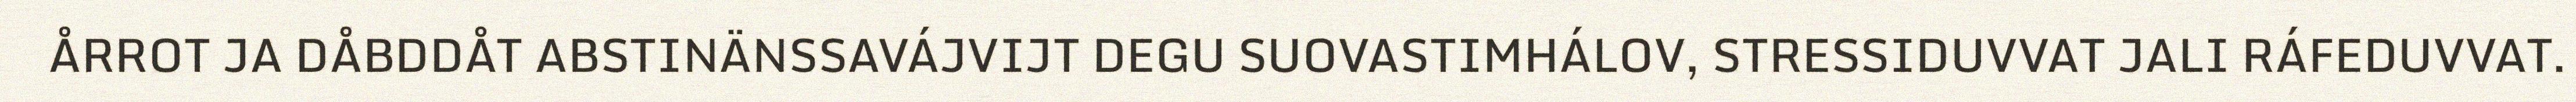
ÅRROT JA DÅBDDÅT ABSTINÄNSSAVÁJVIJT DEGU SUOVASTIMHÁLOV, STRESSIDUVVAT JALI RÁFEDUVVAT.